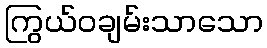
ကြွယ်ဝချမ်းသာသော